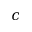
c